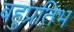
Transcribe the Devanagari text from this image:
बहुप्रतिभ